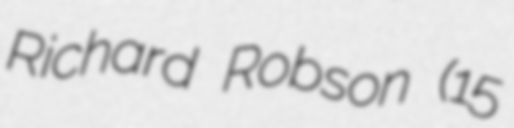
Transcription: Richard Robson (15